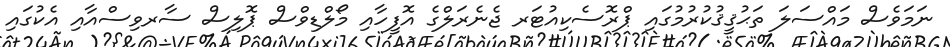
ނަމަވެސް މައްސަލަ ތަޙުޤީޤުކުރުމުގައި ޕްރޮސެކިއުޓަރ ޖެނެރަލްގެ އޮފީހާއި މޯލްޑިވްސް ޕޮލިސް ސާރވިސްއާއި އެކުގައި